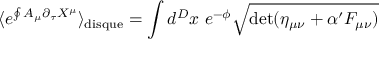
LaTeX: \langle e ^ { \oint A _ { \mu } \partial _ { \tau } X ^ { \mu } } \rangle _ { \mathrm { d i s q u e } } = \int d ^ { D } x ~ e ^ { - \phi } \sqrt { \operatorname * { d e t } ( \eta _ { \mu \nu } + \alpha ^ { \prime } F _ { \mu \nu } ) }